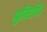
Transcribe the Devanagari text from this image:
श्रुतिरपि।